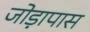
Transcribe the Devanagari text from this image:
जोड़ापास